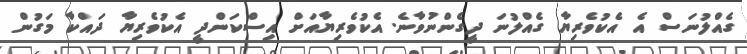
ގެއްލުނަސް އެ އެކުވެރިޔާ ގެއްލުނަ ދީގެންނުވާނެ. އެކުވެރިޔާއަށް އިސްކަންދީ އެކުވެރިޔާ ދައްކާ މަގުން